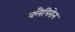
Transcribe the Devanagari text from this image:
क्लैपिरोन